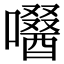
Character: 𡂜